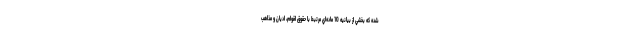
شده كه بخشي از بيانيه 10 ماده‌اي مرتبط با حقوق اقوام، اديان و مذاهب